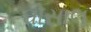
ઘોસાલ